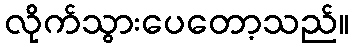
လိုက်သွားပေတော့သည်။